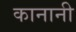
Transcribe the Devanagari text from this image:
कानानी